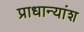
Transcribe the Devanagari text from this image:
प्राधान्यांश